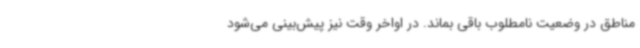
مناطق در وضعیت نامطلوب باقی بماند. در اواخر وقت نیز پیش‌بینی می‌شود